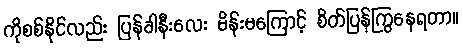
ကိုစစ်နိုင်လည်း ပြန်ခါနီးလေး မိန်းမကြောင့် စိတ်ပြန်ကြွနေရတာ။